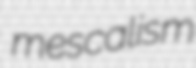
mescalism